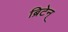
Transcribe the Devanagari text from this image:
ब्रिटेन्